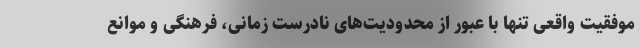
موفقیت واقعی تنها با عبور از محدودیت‌های نادرست زمانی، فرهنگی و موانع